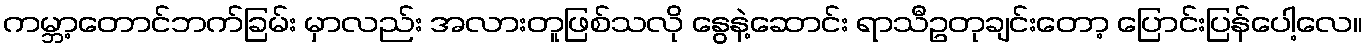
ကမ္ဘာ့တောင်ဘက်ခြမ်း မှာလည်း အလားတူဖြစ်သလို နွေနဲ့ဆောင်း ရာသီဥတုချင်းတော့ ပြောင်းပြန်ပေါ့လေ။